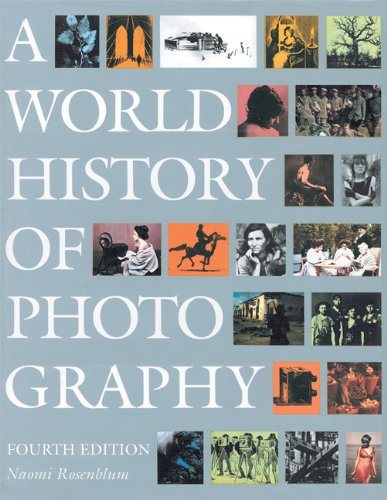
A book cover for A World History of Photography; Naomi Rosenblum; Arts & Photography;